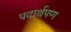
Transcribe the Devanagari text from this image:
पदार्थपण